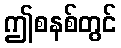
ဤစနစ်တွင်